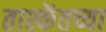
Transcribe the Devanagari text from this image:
ताश्केंतच्या